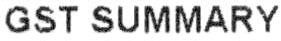
GST SUMMARY